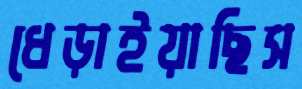
ধেড়াইয়াছিস